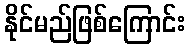
နိုင်မည်ဖြစ်ကြောင်း